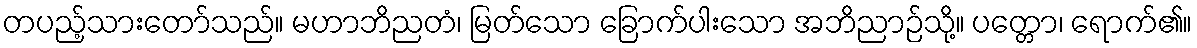
တပည့်သားတော်သည်။ မဟာဘိညတံ၊ မြတ်သော ခြောက်ပါးသော အဘိညာဉ်သို့။ ပတ္တော၊ ရောက်၏။